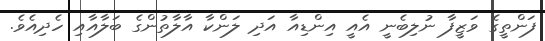
ފަންތީގެ ވަޒީފާ ނުލިބެނީ އެއީ އިންޑިއާ އަދި ލަންކާ އާލާތުންގެ ބަލާއާއި ހެދިއެވެ.